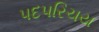
પદપરિચય